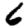
Digit: 6